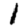
Digit: 1